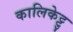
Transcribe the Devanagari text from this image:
कालिकेट्टु